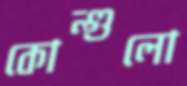
কোন্গুলো